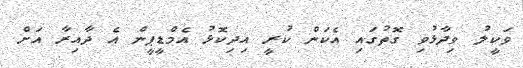
ވަކީލު ވިދާޅުވި ގޮތުގައި އެކަން ކުރީ އިދިކޮޅު އެމްޑީޕީން އެ ދާއިރާ އަށް